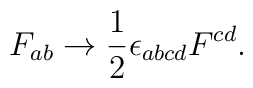
F_{ab} \rightarrow {1 \over 2} \epsilon_{abcd} F^{cd}.